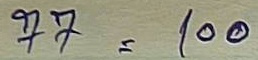
77 = 100